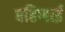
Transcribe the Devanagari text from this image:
बहिणाई